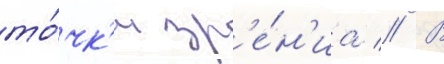
то́чк'и зр'е́н'иа // В